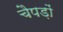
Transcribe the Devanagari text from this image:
चैपड़ों